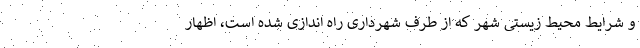
و شرایط محیط زیستی شهر که از طرف شهرداری راه اندازی شده است، اظهار